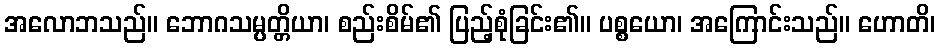
အလောဘသည်။ ဘောဂသမ္ပတ္တိယာ၊ စည်းစိမ်၏ ပြည့်စုံခြင်း၏။ ပစ္စယော၊ အကြောင်းသည်။ ဟောတိ၊